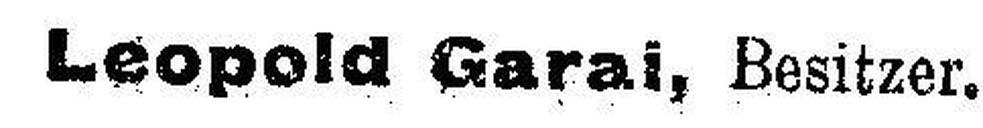
Leopold Garai, Besitzer.